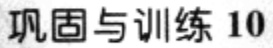
巩固与训练 10